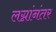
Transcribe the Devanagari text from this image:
लग्नांनंतर